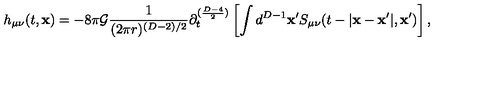
h _ { \mu \nu } ( t , { \bf x } ) = - 8 \pi { \cal G } \frac { 1 } { ( 2 \pi r ) ^ { ( D - 2 ) / 2 } } \partial _ { t } ^ { ( \frac { D - 4 } { 2 } ) } \left[ \int d ^ { D - 1 } { \bf x ^ { \prime } } S _ { \mu \nu } ( t - | { \bf x - x ^ { \prime } } | , { \bf x ^ { \prime } } ) \right] ,